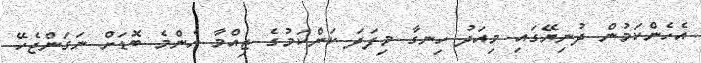
އެހެންކަމުން ދުނިޔޭގައި މިއަދު ހިނގާ މިފަދަ ކަންކަމުގެ ޒިއްމާ އެންމެ ބޮޑަށް ނަގަންޖެހޭ